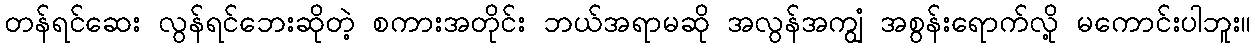
တန်ရင်ဆေး လွန်ရင်ဘေးဆိုတဲ့ စကားအတိုင်း ဘယ်အရာမဆို အလွန်အကျွံ အစွန်းရောက်လို့ မကောင်းပါဘူး။